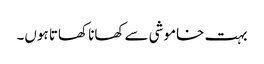
بہت خاموشی سے کھانا کھاتا ہوں۔